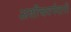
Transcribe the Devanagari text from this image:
अशीचवर्गवारी